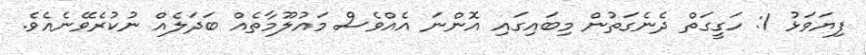
ފިޔަވަޅު 1: ހަގީގަތް ދެނެގަތުން މިބައިގައި އޮންނަ އެއްވެސް މައުލޫމާތެއް ބަދަލެއް ނުކުރެވޭނެއެވެ.